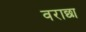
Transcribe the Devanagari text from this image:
वराछा